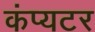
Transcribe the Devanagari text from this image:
कंप्यटर